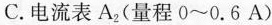
C. 电流表A2(量程0~0.6A)